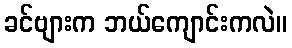
ခင်ဗျားက ဘယ်ကျောင်းကလဲ။